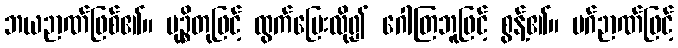
ဘယဉာဏ်ဖြစ်၏။ မုဉ္စိတုဖြင့် ထွက်ပြေးလို၍ ဂေါတြဘူဖြင့် စွန့်၏။ မဂ်ဉာဏ်ဖြင့်